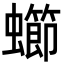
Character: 䗻